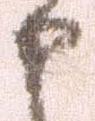
申